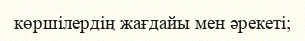
көршілердің жағдайы мен әрекеті;